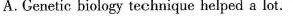
A.Genetic biology technique helped a lot.